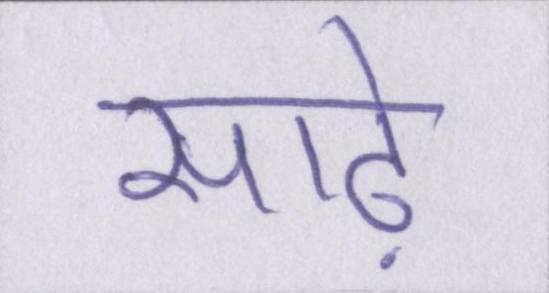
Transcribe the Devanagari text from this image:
साढ़े